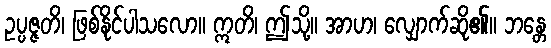
ဥပ္ပဇ္ဇတိ၊ ဖြစ်နိုင်ပါသလော။ ဣတိ၊ ဤသို့။ အာဟ၊ လျှောက်ဆို၏။ ဘန္တေ